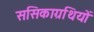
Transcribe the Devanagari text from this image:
ससिकाग्रथियों